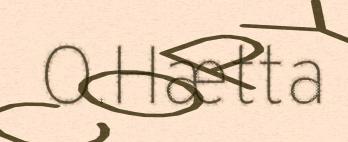
O.Hætta